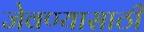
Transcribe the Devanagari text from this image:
जेवण्यासाठी